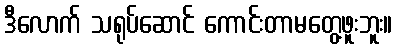
ဒီလောက် သရုပ်ဆောင် ကောင်းတာမတွေ့ဖူးဘူး။